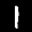
Label: 1